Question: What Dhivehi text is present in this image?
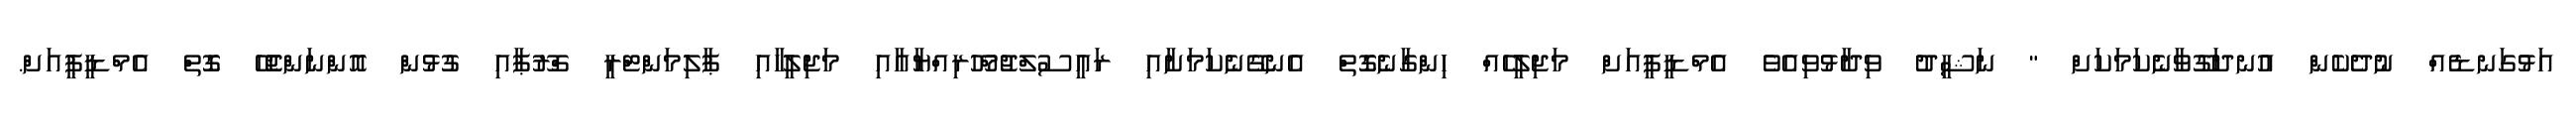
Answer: އަޅުގަނޑެއް ނުދެކެން އުނދަގޫވާނެކަމަކަށް " ނަޝީދު ވިދާޅުވިއެވެ އެމްޑީޕީއަށް މަޖިލީހެއް ހިންގާނެގޮތް އެނގޭނެކަމަށާއި ރައީސުލްޖުމްހޫރިއްޔާއާއި މަޖިލީހާއި ޕާލިމަންޓްރީ ގްރޫޕާއި ގުޅުން އޮންނަންޖެހޭ ގޮތް އެމްޑީޕީއަށް.